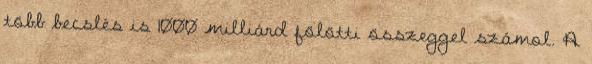
több becslés is 1000 milliárd fölötti összeggel számol. A